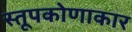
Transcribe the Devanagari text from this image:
स्तूपकोणाकार